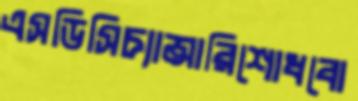
এসডিসিচ্যান্সারিশোধবো